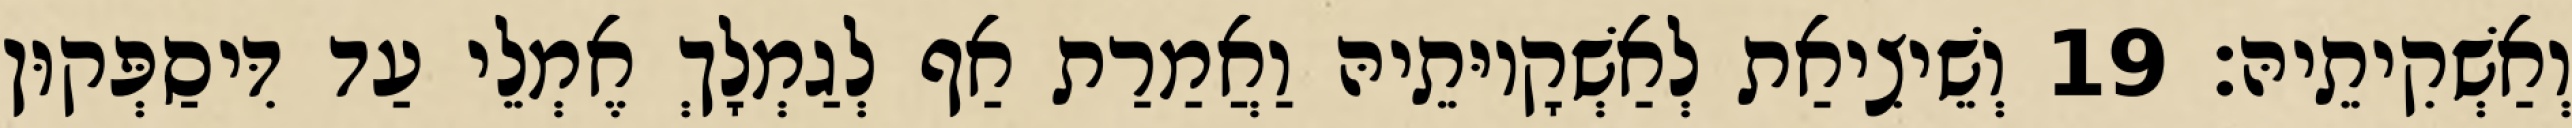
וְאַשְׁקִיתֵיהּ׃ 19 וְשֵׁיצִיאַת לְאַשְׁקָיוּתֵיהּ וַאֲמַרַת אַף לְגַמְלָךְ אֶמְלֵי עַד דִּיסַפְּקוּן